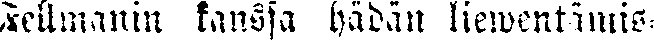
Fellmanin kanssa hädän liewentämis-